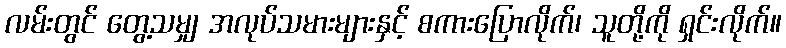
လမ်းတွင် တွေ့သမျှ အလုပ်သမားများနှင့် စကားပြောလိုက်၊ သူတို့ကို ရှင်းလိုက်။